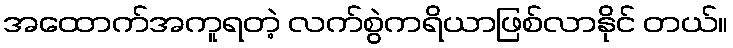
အထောက်အကူရတဲ့ လက်စွဲကရိယာဖြစ်လာနိုင် တယ်။